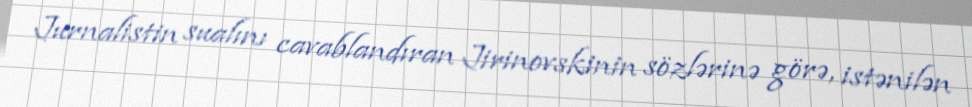
Jurnalistin sualını cavablandıran Jirinovskinin sözlərinə görə, istənilən